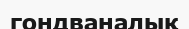
гондваналық